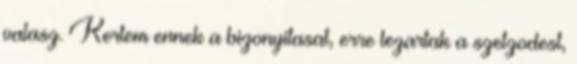
valasz. Kertem ennek a bizonyitasat, erre lezartak a szetzodest,